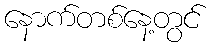
နောက်တစ်နေ့တွင်